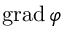
\mathrm { g r a d \, } \varphi